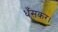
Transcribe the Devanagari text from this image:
धँसकर।